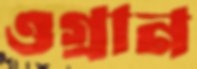
ওগ্‌রান